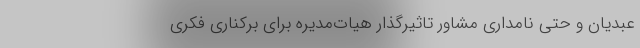
عبدیان و حتی نامداری مشاور تاثیرگذار هیات‌مدیره برای برکناری فکری